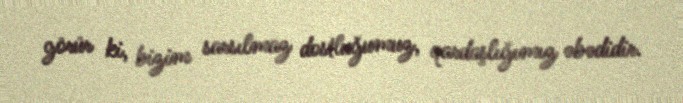
görür ki, bizim sarsılmaz dostluğumuz, qardaşlığımız əbədidir.